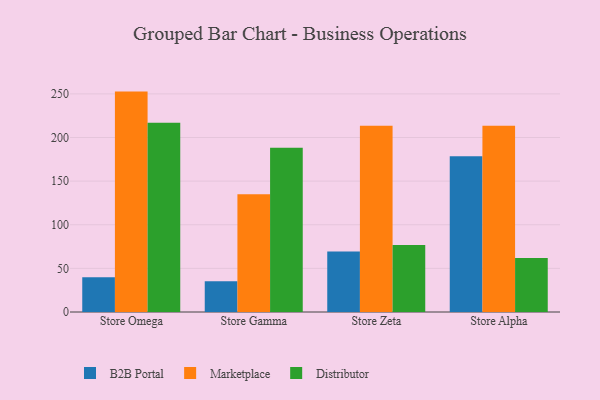
{"axis": {"x": "Store", "y": "Market Share (%)"}, "legend": ["B2B Portal", "Distributor", "Marketplace"], "data": [{"x": "Store Omega", "y": 39.7, "type": "B2B Portal"}, {"x": "Store Omega", "y": 252.6, "type": "Marketplace"}, {"x": "Store Omega", "y": 216.8, "type": "Distributor"}, {"x": "Store Gamma", "y": 35.2, "type": "B2B Portal"}, {"x": "Store Gamma", "y": 135.0, "type": "Marketplace"}, {"x": "Store Gamma", "y": 188.2, "type": "Distributor"}, {"x": "Store Zeta", "y": 69.3, "type": "B2B Portal"}, {"x": "Store Zeta", "y": 213.6, "type": "Marketplace"}, {"x": "Store Zeta", "y": 76.7, "type": "Distributor"}, {"x": "Store Alpha", "y": 178.5, "type": "B2B Portal"}, {"x": "Store Alpha", "y": 213.5, "type": "Marketplace"}, {"x": "Store Alpha", "y": 62.0, "type": "Distributor"}]}